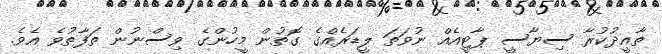
ތާއީދުކުރާ ސިޔާސީ ޕާޓީއެއް ނުވަތަ ލީޑަރެއްގެ ގޮތުން މީހުންގެ ވިސްނުން ތަފާތުވެ އެވެ.